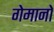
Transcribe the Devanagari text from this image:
गेमानो